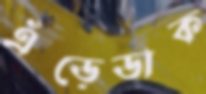
এঁড়েডাক